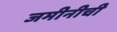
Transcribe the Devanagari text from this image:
जमीनीची